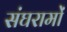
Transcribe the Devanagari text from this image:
संघरामों